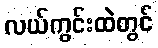
လယ်ကွင်းထဲတွင်